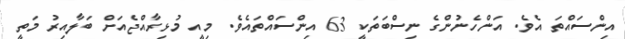
އިންސައްތަ އެވެ. އަންހެނުންގެ ނިސްބަތަކީ 63 އިންސައްތައެވެ. މިއީ މުޅިރާއްޖެއަށް ބަލާއިރު މަތީ